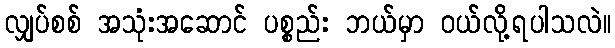
လျှပ်စစ် အသုံးအဆောင် ပစ္စည်း ဘယ်မှာ ဝယ်လို့ရပါသလဲ။